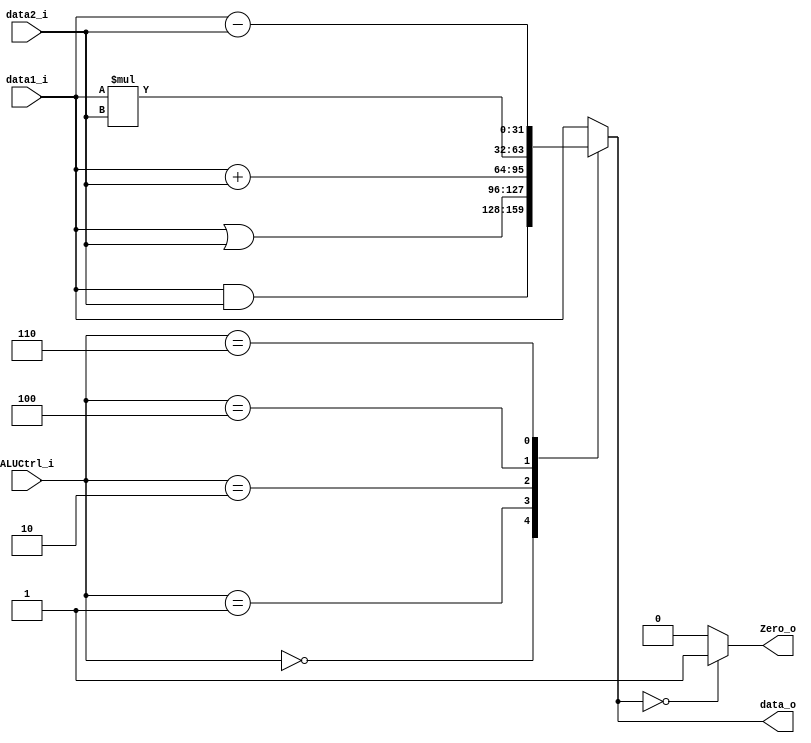
module ALU
(
    data1_i,
    data2_i,
    ALUCtrl_i,
    data_o,
    Zero_o
);

input [31:0] data1_i;
input [31:0] data2_i;
input [2:0] ALUCtrl_i;
output [31:0] data_o;
output Zero_o;

reg [31:0] tmp_out;
reg tmp_Zero;
assign data_o = tmp_out;
assign Zero_o = tmp_Zero;

always @(data1_i or data2_i or ALUCtrl_i) begin
    case (ALUCtrl_i)
        3'b000: tmp_out = data1_i & data2_i;
        3'b001: tmp_out = data1_i | data2_i;
        3'b010: tmp_out = data1_i + data2_i;
        //3'b011: ;
        3'b100: tmp_out = data1_i * data2_i;
        //3'b101: ;
        3'b110: tmp_out = data1_i - data2_i;
        //3'b111: tmp_out = (data1_i < data2_i) ? 1 : 0;
        default: tmp_out = data1_i;
    endcase
    tmp_Zero = (tmp_out == 0) ? 1 : 0;
end

endmodule